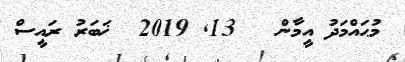
މުޙައްމަދު އީމާން   13